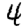
Digit: 4